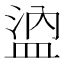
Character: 𰜖